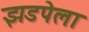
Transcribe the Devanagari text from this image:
झडपेला